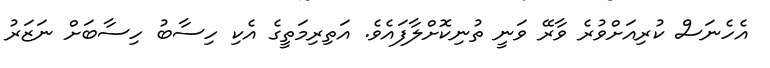
އެހެނަސް ކުރިއަށްވުރެ ވާރޭ ވަނީ ތުނިކޮށްލާފައެވެ. އަތިރިމަތީގެ އެކި ހިސާބު ހިސާބަށް ނަޒަރު